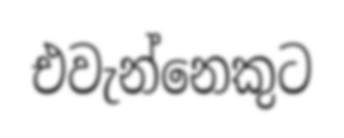
එවැන්නෙකුට